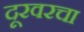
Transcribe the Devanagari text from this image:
दूरवरचा